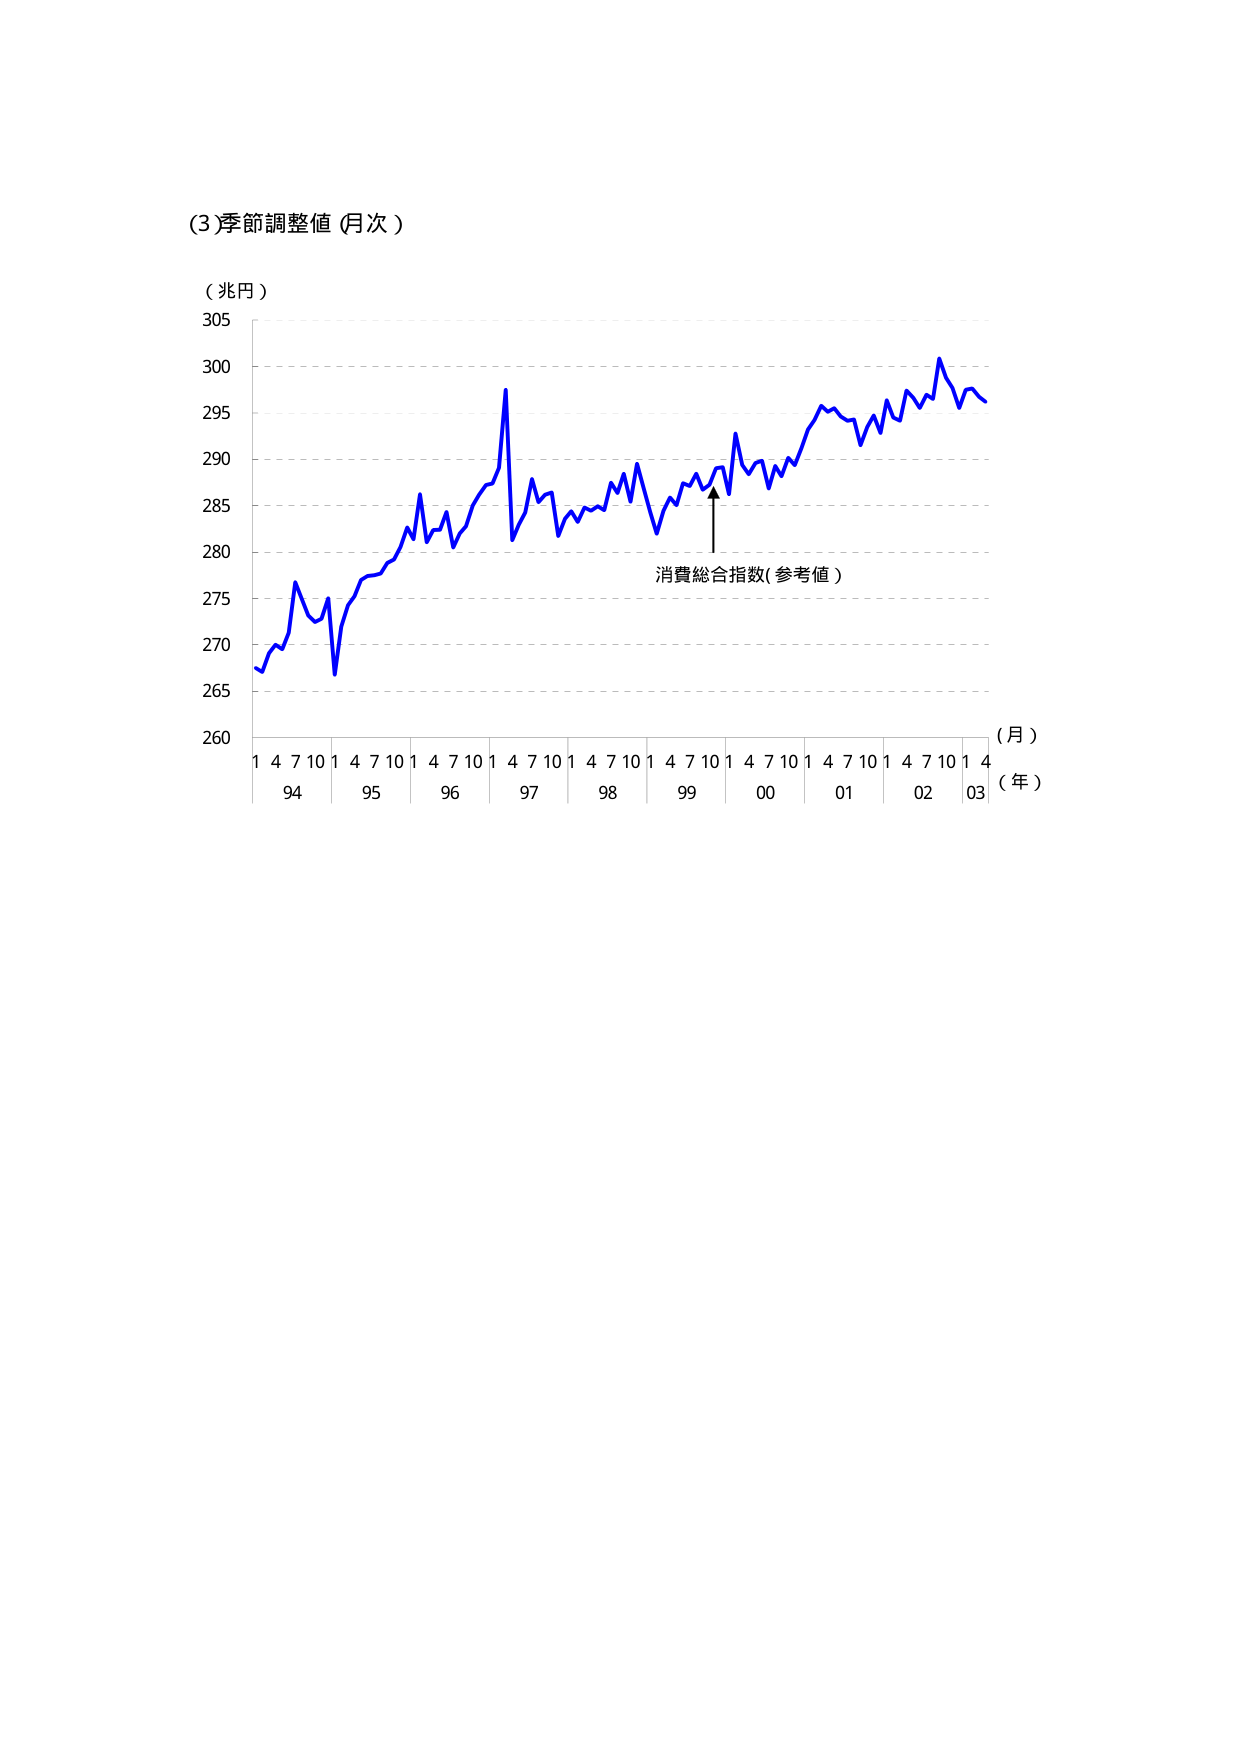
(3)季節調整値（月次）

（兆円）
305
300
295
290
285
280
275
270
265
260

1 4 7 10 1 4 7 10 1 4 7 10 1 4 7 10 1 4 7 10 1 4 7 10 1 4 7 10 1 4 7 10 1 4
94 95 96 97 98 99 00 01 02 03
（月）
（年）

消費総合指数（参考値）